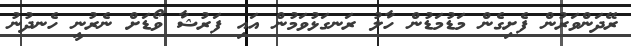
ރޭދަންވަރުން ފެށިގެން މަޑުމަޑުން ހާލު ރަނގަޅުވަމުން އައި ފަރުޝާ ވޯޑަށް ނެރުނީ ހެނދުނު